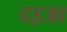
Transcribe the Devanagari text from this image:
दइआ